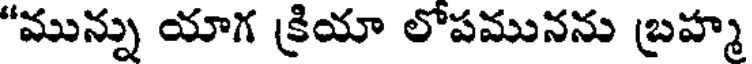
"మున్ను యాగ క్రియా లోపమునను బ్రహ్మ